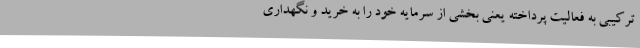
ترکیبی به فعالیت پرداخته یعنی بخشی از سرمایه خود را به خرید و نگهداری